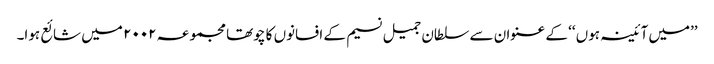
’’میں آئینہ ہوں ‘‘ کے عنوان سے سلطان جمیل نسیم کے افسانوں کا چوتھا مجموعہ ۲۰۰۲ میں شائع ہوا۔